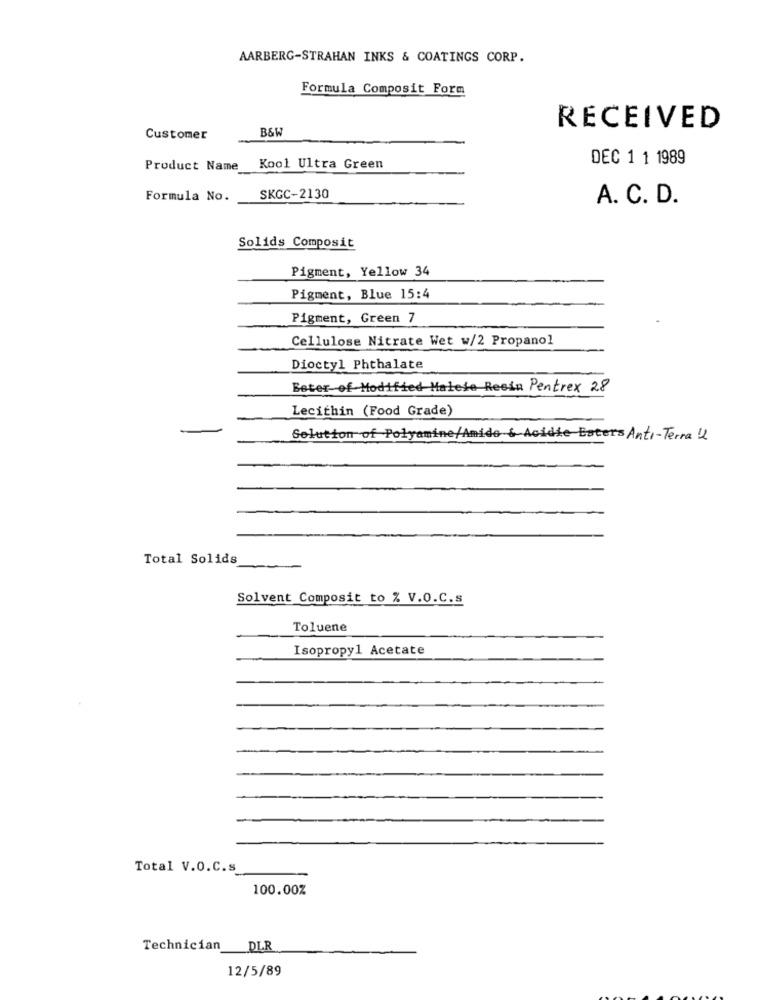
AARBERG-STRAHAN INKS & COATINGS CORP.
Formula Composit Form
B&W
RECEIVED
Customer
DEC 1 1 1989
Product Name
Kool Ultra Green
Formula No.
SKGC-2130
A. C. D.
Solids Composit
Pigment, Yellow 34
Pigment, Blue 15:4
Pigment, Green 7
Cellulose Nitrate Wet w/2 Propanol
Dioctyl Phthalate
Beter of Modified Malede Resin Pentrex 28
Lecithin (Food Grade)
Solution of Polyamine/Amido & Acidie Esters Anti-Terra Ll
Total Solids
Solvent Composit to % V.O.C.s
Toluene
Isopropyl Acetate
Total V.O.C.s
100.00%
Technician
DLR
12/5/89